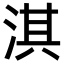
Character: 淇